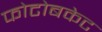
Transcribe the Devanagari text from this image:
फोटोबकेट